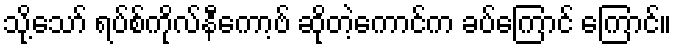
သို့သော် ရပ်စ်ကိုလ်နီကော့ဗ် ဆိုတဲ့ကောင်က ခပ်ကြောင် ကြောင်။